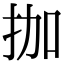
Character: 拁